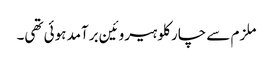
ملزم سے چار کلو ہیروئین برآمد ہوئی تھی۔